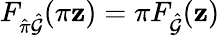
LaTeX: F_{\hat{\pi}\hat{\mathcal{G}}}(\pi\mathbf{z})=\pi F_{\hat{\mathcal{G}}}(\mathbf{z})